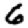
Digit: 6